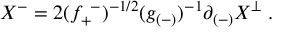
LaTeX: X ^ { - } = 2 ( f _ { + } ^ { ~ - } ) ^ { - 1 / 2 } ( g _ { ( - ) } ) ^ { - 1 } \partial _ { ( - ) } X ^ { \perp } \; .